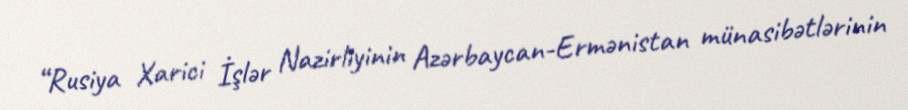
“Rusiya Xarici İşlər Nazirliyinin Azərbaycan-Ermənistan münasibətlərinin